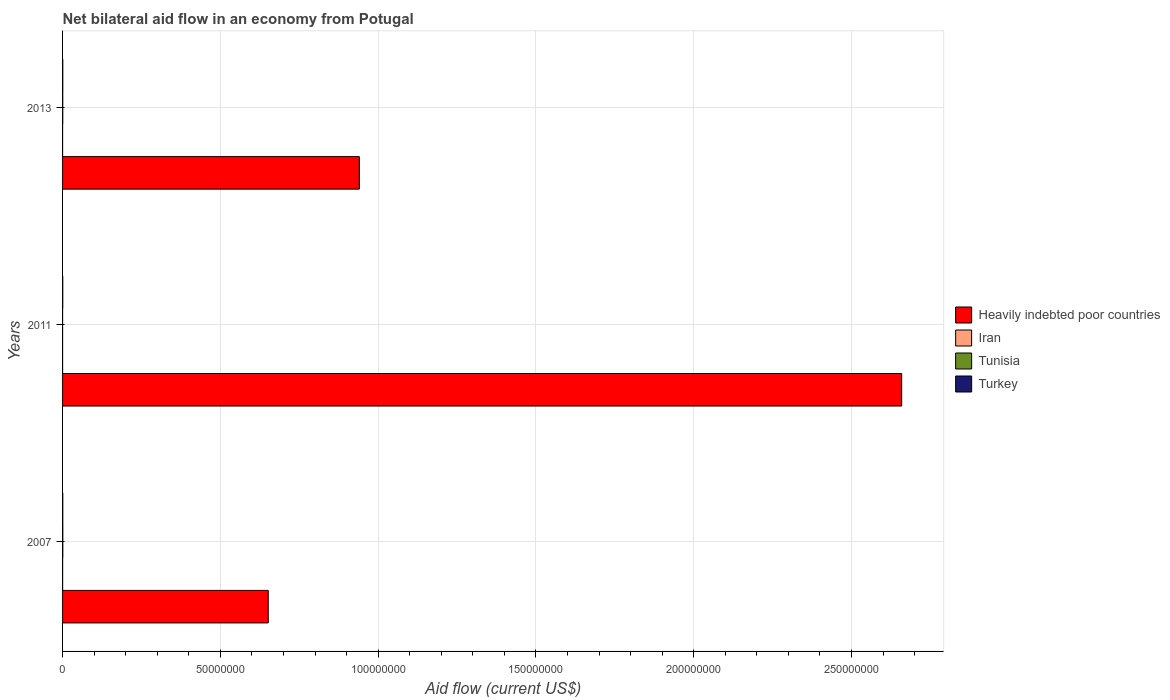
| Years | Heavily indebted poor countries | Iran | Tunisia | Turkey |
 | --- | --- | --- | --- | --- |
 | 2007 | 6.52e+07 | 2e+04 | 8e+04 | 7e+04 |
 | 2011 | 2.66e+08 | 1e+04 | 1e+04 | 6e+04 |
 | 2013 | 9.4e+07 | 1e+04 | 6e+04 | 7e+04 |